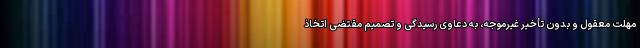
مهلت معقول و بدون تأخیر غیرموجه، به دعاوی رسیدگی و تصمیم مقتضی اتخاذ